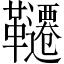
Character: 韆